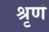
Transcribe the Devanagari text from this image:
श्रृणं